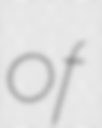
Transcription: of